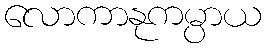
လောကာနုကမ္ပာယ